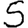
Digit: 5